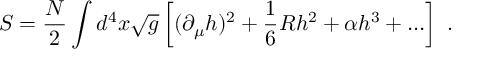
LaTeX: S = { \frac { N } { 2 } } \int d ^ { 4 } x \sqrt g \left[ ( \partial _ { \mu } h ) ^ { 2 } + { \frac { 1 } { 6 } } R h ^ { 2 } + \alpha h ^ { 3 } + \ldots \right] \ .